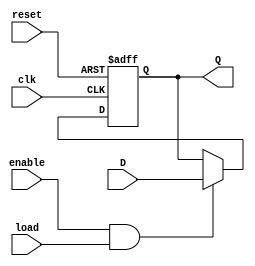
module ControlRegister (
    input wire clk,         // Clock signal
    input wire reset,       // Reset signal
    input wire load,        // Load signal
    input wire enable,      // Enable signal
    input wire [7:0] D,     // Data input (8-bit)
    output reg [7:0] Q      // Output (8-bit)
);

    // Reset condition
    always @(posedge clk or posedge reset) begin
        if (reset) begin
            Q <= 8'b00000000; // Reset the register to zero
        end else if (enable && load) begin
            Q <= D; // Load new data into the register
        end
        // If not loading and enabled, retain the previous value
        // No need to implement an else condition, since Q already holds the previous value
    end

endmodule